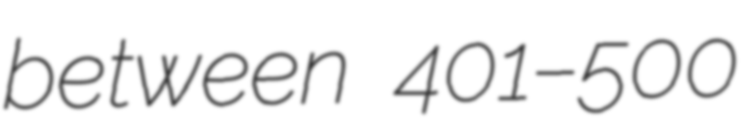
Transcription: between 401–500